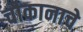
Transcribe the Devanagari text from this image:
चौकानाचे